Sketch of the medical history of the native army of Bombay, for the year
Year: 1875
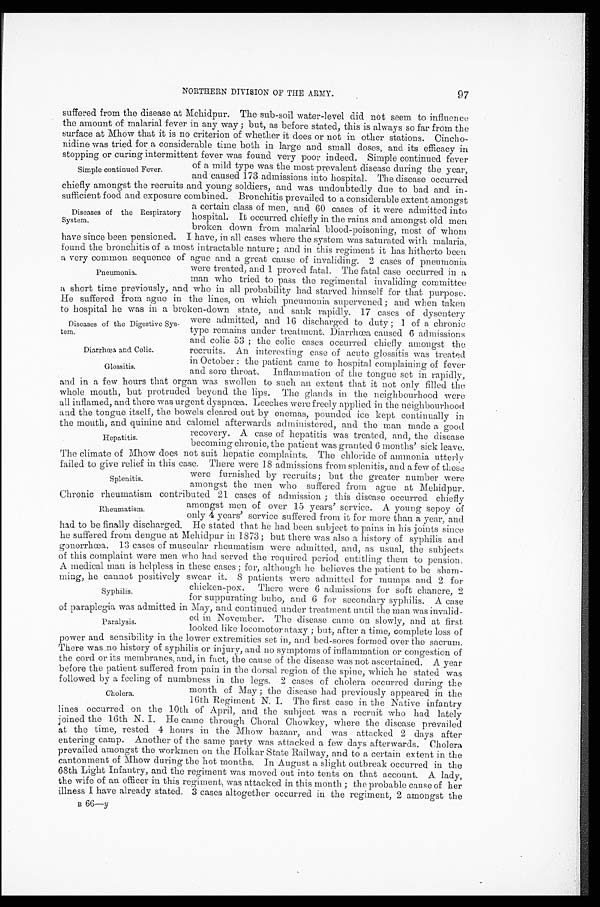
97
NORTHERN DIVISION OF THE ARMY.
suffered from the disease at Mehidpur. The sub-soil water-level did not seem to influence
the amount of malarial fever in any way; but, as before stated, this is always so far from the
surface at Mhow that it is no criterion of whether it does or not in other stations. Cincho -
nidine was tried for a considerable time both in large and small doses, and its efficacy in
stopping or curing intermittent fever was found very poor indeed. Simple continued fever
of a mild type was the most prevalent disease during the year,
and caused 173 admissions into hospital. The disease occurred
chiefly amongst the recruits and young soldiers, and was undoubtedly due to bad and in -
sufficient food and exposure combined. Bronchitis prevailed to a considerable extent amongst
a certain class of men, and 60 cases of it were admitted into
hospital. It occurred chiefly in the rains and amongst old men
broken down from malarial blood-poisoning, most of whom
have since been pensioned. I have, in all cases where the system was saturated with malaria,
found the bronchitis of a most intractable nature; and in this regiment it has hitherto been
a very common sequence of ague and a great cause of invaliding. 2 cases of pneumonia
were treated, and 1 proved fatal. The fatal case occurred in a
man who tried to pass the regimental invaliding committee
a short time previously, and who in all probability had starved himself for that purpose.
He suffered from ague in the lines, on which pneumonia supervened; and when taken
to hospital he was in a broken-down state, and. sank rapidly. 17 cases of dysentery
were admitted, and 16 discharged to duty; 1 of a chronic
type remains under treatment. Diarrhœa, caused 6 admissions
and colic 53; the colic cases occurred chiefly amongst the
recruits. An interesting case of acute glossitis was treated
in October: the patient came to hospital complaining of fever
and sore throat. Inflammation of the tongue set in rapidly,
and in a few hours that organ was swollen to such an extent that it not only filled the
whole mouth, but protruded beyond the lips. The glands in the neighbourhood were
all inflamed, and there was urgent dyspnœa. Leeches were freely applied in the neighbourhood
and the tongue itself, the bowels cleared out by enemas, pounded ice kept continually in
the mouth, and quinine and calomel afterwards administered, and the man made a good
recovery. A case of hepatitis was treated, and, the disease
becoming chronic, the patient was granted 6 months' sick leave.
The climate of Mhow does not suit hepatic complaints. The chloride of ammonia utterly
failed to give relief in this case. There were 18 admissions from splenitis, and a few of these
were furnished by recruits; but the greater number were
amongst the men who suffered from ague at Mehidpur.
Chronic rheumatism contributed 21 cases of admission; this disease occurred chiefly
amongst men of over 15 years' service. A young sepoy of
only 4 years' service suffered from it for more than a year, and
had to be finally discharged. He stated that he had been subject to pains in his joints since
he suffered from dengue at Mehidpur in 1873; but there was also a history of syphilis and
gonorrhœa. 13 cases of muscular rheumatism were admitted, and, as usual, the subjects
of this complaint were men who had served the required period entitling them to pension.
A medical man is helpless in these cases; for, although he believes the patient to be sham -
ming, he cannot positively swear it. 8 patients were admitted for mumps and 2 for
chicken-pox. There were 6 admissions for soft chancre, 2
for suppurating bubo, and 6 for secondary syphilis. A case
of paraplegia was admitted in May, and continued under treatment until the man was invalid -
ed in November. The disease came on slowly, and at first
looked like locomotor ataxy; but, after a time, complete loss of
power and sensibility in the lower extremities set in, and bed-sores formed over the sacrum.
There was no history of syphilis or injury, and no symptoms of inflammation or congestion of
the cord or its membranes, and, in fact, the cause of the disease was not ascertained. A year
before the patient suffered from pain in the dorsal region of the spine, which he stated was
followed by a feeling of numbness in the legs. 2 cases of cholera occurred during the
month of May; the disease had previously appeared in the
16th Regiment N. I. The first case in the Native infantry
lines occurred on the 10th of April, and the subject was a recruit who had lately
joined the 16th N. I. He came through Choral Chowkey, where the disease prevailed
at the time, rested 4 hours in the Mhow bazaar, and was attacked 2 days after
entering camp. Another of the same party was attacked a few days afterwards. Cholera
prevailed amongst the workmen on the Holkar State Railway, and to a certain extent in the
cantonment of Mhow during the hot months. In August a slight outbreak occurred in the
68th Light Infantry, and the regiment was moved out into tents on that account. A lady,
the wife of an officer in this regiment, was attacked in this month; the probable cause of her
illness I have already stated. 3 cases altogether occurred in the regiment, 2 amongst the
B 66—y
Simple continued Fever.
Diseases of the Respiratory
System.
Pneumonia.
Diseases of the Digestive Sys-
tem.
Diarrhœa and Colic.
Glossitis.
Hepatitis.
Splenitis.
Rheumatism.
Syphilis.
Paralysis.
Cholera.